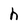
Character: h